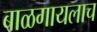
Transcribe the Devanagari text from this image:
बाळगायलाच